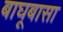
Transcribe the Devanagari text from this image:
बाघूबासा